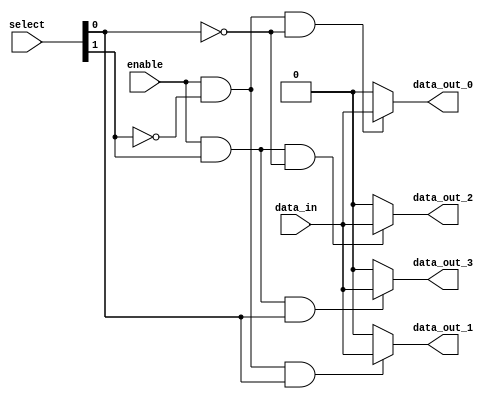
module demux_1to4(
    input wire enable,
    input wire [1:0] select,
    input wire data_in,
    output wire data_out_0,
    output wire data_out_1,
    output wire data_out_2,
    output wire data_out_3
);

assign data_out_0 = (enable && ~select[1] && ~select[0]) ? data_in : 1'b0;
assign data_out_1 = (enable && ~select[1] && select[0]) ? data_in : 1'b0;
assign data_out_2 = (enable && select[1] && ~select[0]) ? data_in : 1'b0;
assign data_out_3 = (enable && select[1] && select[0]) ? data_in : 1'b0;

endmodule